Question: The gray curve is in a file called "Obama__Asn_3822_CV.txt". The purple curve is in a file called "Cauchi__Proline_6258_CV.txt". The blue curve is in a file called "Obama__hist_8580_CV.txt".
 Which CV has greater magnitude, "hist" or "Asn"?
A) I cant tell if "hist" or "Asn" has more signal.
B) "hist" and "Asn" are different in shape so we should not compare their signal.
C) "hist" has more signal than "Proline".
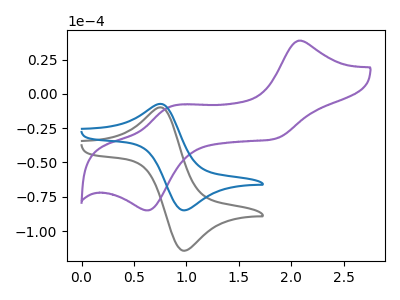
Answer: <think>The gray curve "Asn" has an anodic peak at (0.75V, -10.10uA) and a cathodic peak at (1.00V, -114.40uA). The purple curve "Proline" has anodic peaks at (2.05V, 38.75uA) (0.85V, -9.40uA) and cathodic peaks at (1.85V, -32.75uA) (0.65V, -84.90uA). The blue curve "hist" has an anodic peak at (0.75V, -7.50uA) and a cathodic peak at (1.00V, -84.90uA).
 All the peaks in "hist" have a peak in "Asn" at the same potential.</think>
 <answer>A) I cant tell if "hist" or "Asn" has more signal.</answer>
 <eval>A</eval>